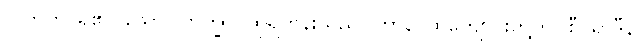
လဘတိ၊ ရ၏။ သော (ဘိက္ခု)၊ ထိုရဟန်းသည်။ တာနိ၊ ထိုကျောင်းတို့ကို။ စီဝရာဒီနိ